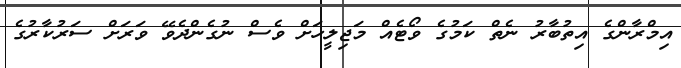
އިމްރާންގެ އިތުބާރު ނެތް ކަމުގެ ވޯޓެއް މަޖިލީހަށް ވެސް ނުގެންދެވޭ ވަރަށް ސަރުކާރުގެ